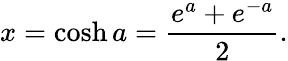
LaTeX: x=\cosh a={\frac{e^{a}+e^{-a}}{2}}.